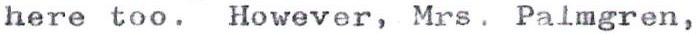
here too. However, Mrs. Palmgren,